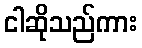
ငါဆိုသည်ကား